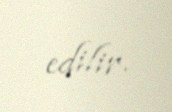
edilir.